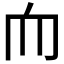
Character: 𦓐